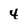
Character: 4